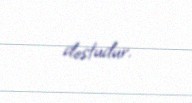
dostudur.